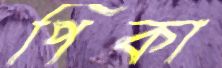
পিকা